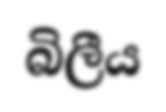
බිලීය